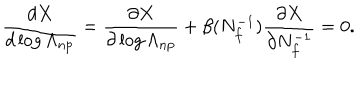
\frac { d X } { d \log \Lambda _ { \mathrm { n p } } } = \frac { \partial X } { \partial \log \Lambda _ { \mathrm { n p } } } + \beta ( N _ { f } ^ { - 1 } ) \frac { \partial X } { \partial N _ { f } ^ { - 1 } } = 0 .